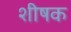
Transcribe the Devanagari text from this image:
शीषक